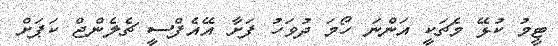
ޓީމު ކުޅޭ މެޗަކީ އަންނަ ހޯމަ ދުވަހު ފަށާ އޭއެފްސީ ޗެލެންޖް ކަޕަށް